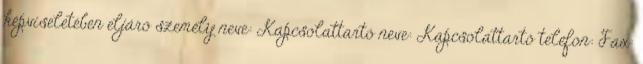
képviseletében eljáró személy neve: Kapcsolattartó neve: Kapcsolattartó telefon: Fax: